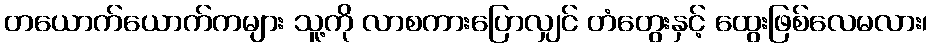
တယောက်ယောက်ကများ သူ့ကို လာစကားပြောလျှင် တံတွေးနှင့် ထွေးဖြစ်လေမလား၊